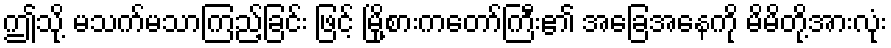
ဤသို့ မသက်မသာကြည့်ခြင်း ဖြင့် မြို့စားကတော်ကြီး၏ အခြေအနေကို မိမိတို့အားလုံး